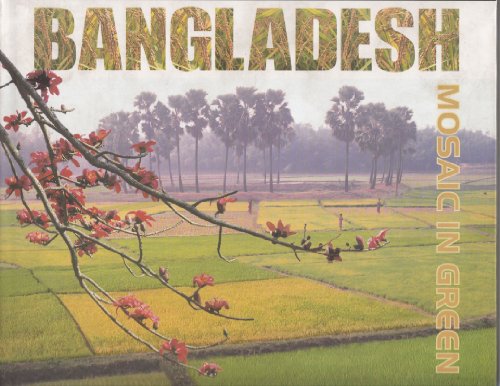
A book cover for Bangladesh - Mosaic In Green; Zahirul (Editor) Haque; Travel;